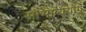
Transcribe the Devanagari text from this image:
सौभाग्ययोग